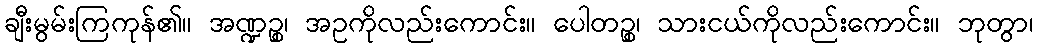
ချီးမွမ်းကြကုန်၏။ အဏ္ဍဉ္စ၊ အဥကိုလည်းကောင်း။ ပေါတဉ္စ၊ သားငယ်ကိုလည်းကောင်း။ ဘုတွာ၊